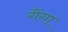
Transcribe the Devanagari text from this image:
गेंगा